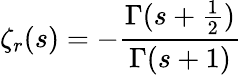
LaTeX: \zeta_{r}(s)=-{\frac{\Gamma(s+{\frac{1}{2}})}{\Gamma(s+1)}}